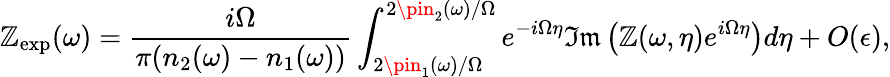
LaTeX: \mathbb{Z}_{\mathrm{{exp}}}(\omega)=\frac{{i\Omega}}{{\pi(n_{2}(\omega)-n_{1}(\omega))}}\int_{2\pin_{1}(\omega)/\Omega}^{2\pin_{2}(\omega)/\Omega}e^{-i\Omega\eta}\mathfrak{{Im}}\left(\mathbb{Z}(\omega,\eta)e^{i\Omega\eta}\right)d\eta+O(\epsilon),